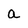
Character: a